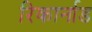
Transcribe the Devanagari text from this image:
रिकार्नाड